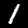
Label: 1